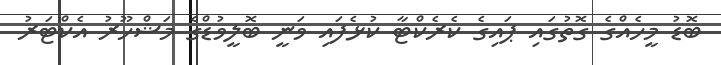
ބޮޑު މީހެއްގެ ގޮތުގައި ޕައިގެ ކެރެކްޓާ ކުޅެފައި ވަނީ ބޮލީވުޑްގެ މަޝްހޫރު އެކްޓަރު